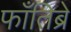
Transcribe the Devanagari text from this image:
फाँतिब्रे